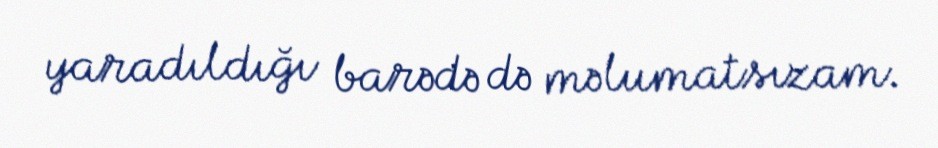
yaradıldığı barədə də məlumatsızam.